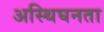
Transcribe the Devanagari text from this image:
अस्थिघनता